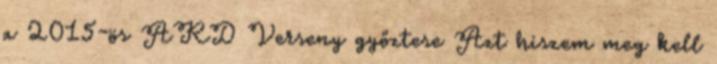
a 2015-ös ARD Verseny győztese Azt hiszem meg kell